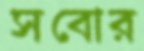
সবোর